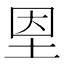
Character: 𡋘